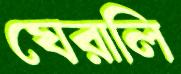
ঘেরালি